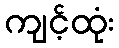
ကျင့်ထုံး